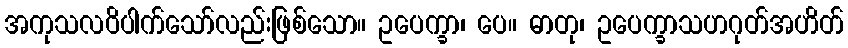
အကုသလဝိပါက်သော်လည်းဖြစ်သော။ ဥပေက္ခာ၊ ပေ။ ဓာတု၊ ဥပေက္ခာသဟဂုတ်အဟိတ်